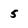
Character: 5